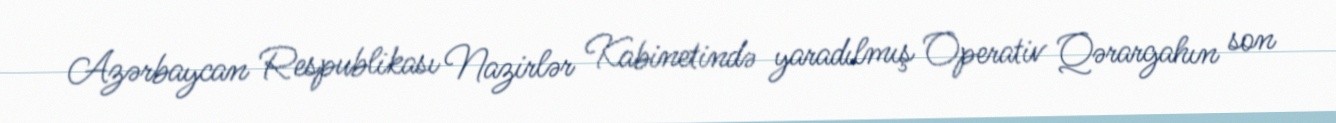
Azərbaycan Respublikası Nazirlər Kabinetində yaradılmış Operativ Qərargahın son